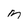
Character: M